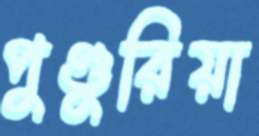
পুণ্ডুরিয়া